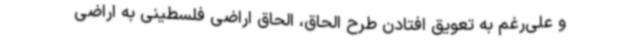
و علی‌رغم به تعویق افتادن طرح الحاق، الحاق اراضی فلسطینی به اراضی